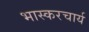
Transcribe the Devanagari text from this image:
भास्करचार्य